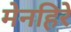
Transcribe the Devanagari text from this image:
मेनहिरे